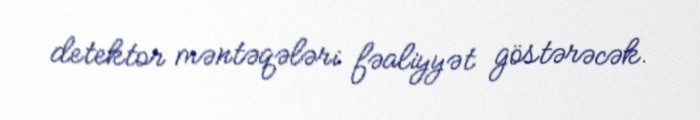
detektor məntəqələri fəaliyyət göstərəcək.